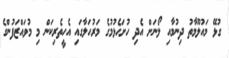
ގުޅޭ މައުލޫމާތު ދިނުމާއި ލޯނަށް އެދި ހުށަހެޅުމުގެ މަރުހަލާގައި އެހީތެރިކަން މި މުވައްޒަފުންގެ